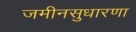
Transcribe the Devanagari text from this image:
जमीनसुधारणा